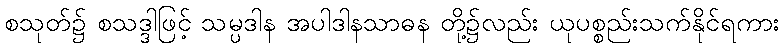
စသုတ်၌ စသဒ္ဒါဖြင့် သမ္ပဒါန အပါဒါနသာဓန တို့၌လည်း ယုပစ္စည်းသက်နိုင်ရကား